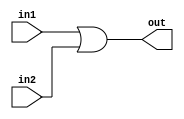
`timescale 1ns / 1ps

module bit32OR (out,in1,in2);
 input [31:0] in1,in2;
 output [31:0] out;
 assign {out}=in1|in2;
endmodule